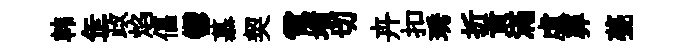
韩𦈢政焰偪鬱慕契電墳切卉扣琇折黄滿虚葬甍